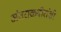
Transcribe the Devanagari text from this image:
अंतराळवीरांशी